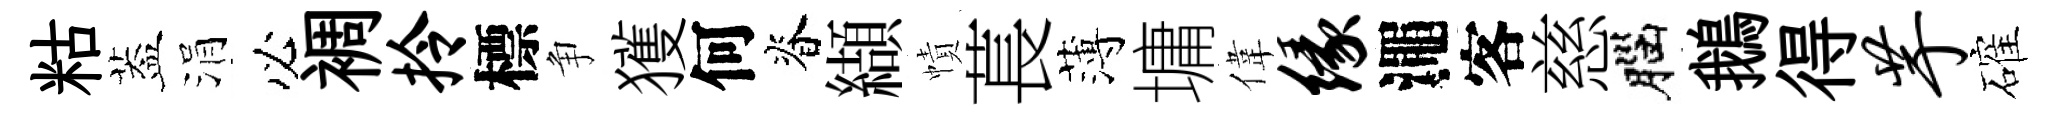
䊀葢涓必裯拎標争獲何脊纈幘萇薄墉偉缘澠客慈腦鵝得芋確